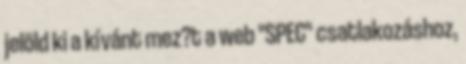
jelöld ki a kívánt mez?t a web "SPEC" csatlakozáshoz,